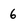
Character: 6